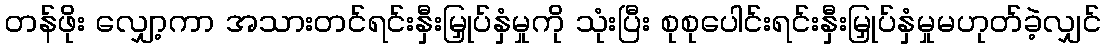
တန်ဖိုး လျှော့ကာ အသားတင်ရင်းနှီးမြှုပ်နှံမှုကို သုံးပြီး စုစုပေါင်းရင်းနှီးမြှုပ်နှံမှုမဟုတ်ခဲ့လျှင်